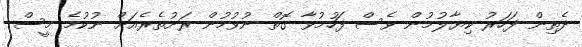
ދެތިން ފަހަރު ކިޔާލުމުން ވެސް ފަހުމުވާ ގޮތް ނުވުމުން ރަށުތެރެއަށް ނުކުމެ މީސް